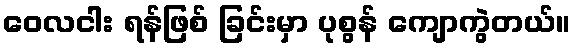
ဝေလငါး ရန်ဖြစ် ခြင်းမှာ ပုစွန် ကျောကွဲတယ်။